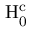
\mathrm { H } _ { \mathrm { 0 } } ^ { \mathrm { c } }